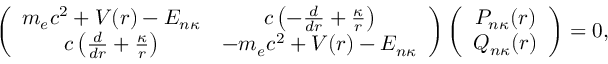
\left( \begin{array} { c c } { m _ { e } c ^ { 2 } + V ( r ) - E _ { n \kappa } } & { c \left( - \frac { d } { d r } + \frac { \kappa } { r } \right) } \\ { c \left( \frac { d } { d r } + \frac { \kappa } { r } \right) } & { - m _ { e } c ^ { 2 } + V ( r ) - E _ { n \kappa } } \end{array} \right) \left( \begin{array} { c c } { P _ { n \kappa } ( r ) } \\ { Q _ { n \kappa } ( r ) } \end{array} \right) = 0 ,